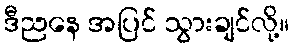
ဒီညနေ အပြင် သွားချင်လို့။